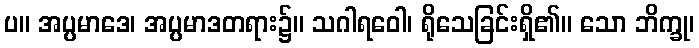
ပ။ အပ္ပမာဒေ၊ အပ္ပမာဒတရား၌။ သဂါရဝေါ၊ ရိုသေခြင်းရှိ၏။ သော ဘိက္ခု၊